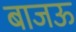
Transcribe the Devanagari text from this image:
बाजऊ